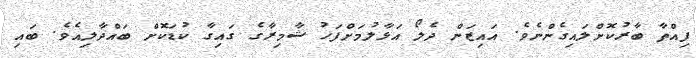
ފިއްތާ ބާރުކޮށްލައިގެންނެވެ. އައިޒަން ދެލޯ އަޅާލުމަށްފަހު ޝާމިރާގެ ގައިގާ ކުޑަކޮށް ބައްދާލިއެވެ. ބައި